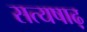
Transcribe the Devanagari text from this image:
सत्यषाढ़